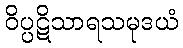
ဝိပ္ပဋိသာရသမုဒယံ